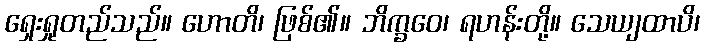
ရှေးရှုတည်သည်။ ဟောတိ၊ ဖြစ်၏။ ဘိက္ခဝေ၊ ရဟန်းတို့။ သေယျထာပိ၊